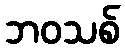
ဘဝသစ်